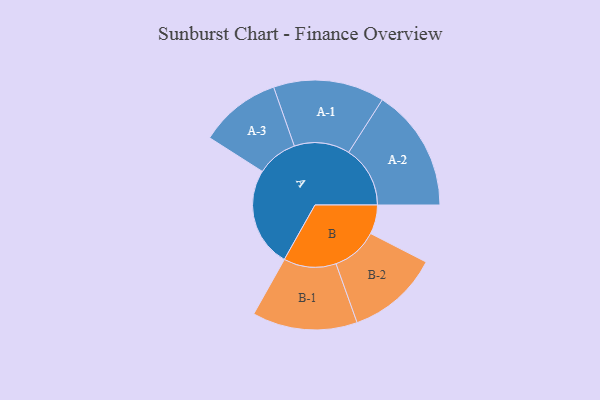
{"axis": {"x": "Segment", "y": "Value"}, "legend": ["", "A", "B"], "data": [{"x": "A", "y": 391, "type": ""}, {"x": "B", "y": 114, "type": ""}, {"x": "A-1", "y": 218, "type": "A"}, {"x": "A-2", "y": 241, "type": "A"}, {"x": "A-3", "y": 160, "type": "A"}, {"x": "B-1", "y": 206, "type": "B"}, {"x": "B-2", "y": 181, "type": "B"}]}